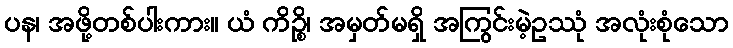
ပန၊ အဖို့တစ်ပါးကား။ ယံ ကိဉ္စိ၊ အမှတ်မရှိ အကြွင်းမဲ့ဥဿုံ အလုံးစုံသော